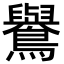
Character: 鸒